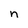
Character: n